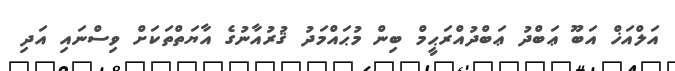
އަލްއަޚް އަބޫ ޢަބްދު ޢަބްދުއްރަޙީމް ބިން މުޙައްމަދު ޤުރުއާނުގެ އާޔަތްތަކަށް ވިސްނައި އަދި